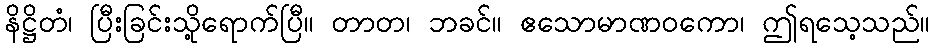
နိဋ္ဌိတံ၊ ပြီးခြင်းသို့ရောက်ပြီ။ တာတ၊ ဘခင်။ ဧသောမာဏဝကော၊ ဤရသေ့သည်။